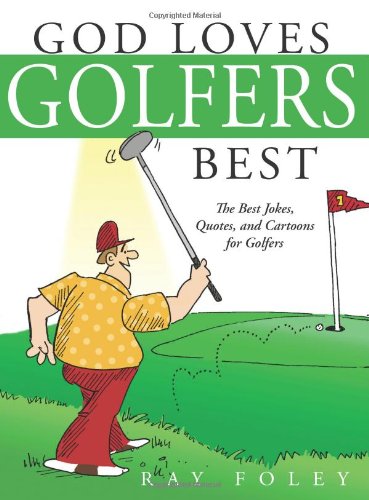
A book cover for God Loves Golfers Best: The Best Jokes, Quotes, and Cartoons for Golfers; Ray Foley; Humor & Entertainment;